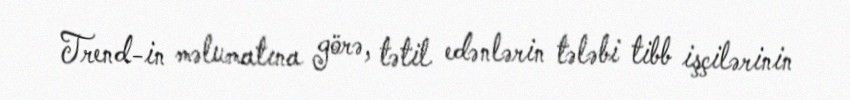
Trend-in məlumatına görə, tətil edənlərin tələbi tibb işçilərinin